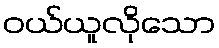
ဝယ်ယူလိုသော